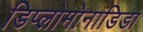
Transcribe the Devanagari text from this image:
डिप्लोमोनाडिडा